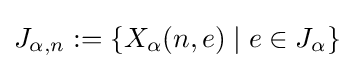
J_{\alpha ,n}:=\{X_{\alpha }(n,e)\mid e\in J_{\alpha }\}